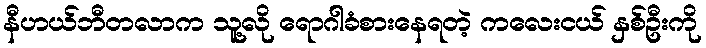
နီဟယ်ဘီတလာက သူ့လို ရောဂါခံစားနေရတဲ့ ကလေးငယ် နှစ်ဦးကို